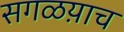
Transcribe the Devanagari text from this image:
सगळय़ाच